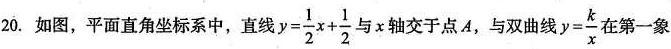
20. 如图，平面直角坐标系中，直线$$y= \frac{1}{2}x+ \frac{1}{2}$$ 与x轴交于点4，与双曲线 $$y= \frac{k}{x}$$ 在第一象